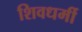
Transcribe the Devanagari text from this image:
शिवधर्मी